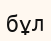
бұл